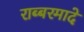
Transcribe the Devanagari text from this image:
राब्बरमादे